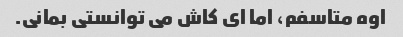
اوه متاسفم، اما ای کاش می توانستی بمانی.